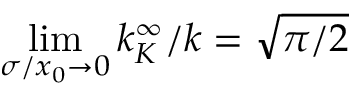
\operatorname* { l i m } _ { \sigma / x _ { 0 } \to 0 } k _ { K } ^ { \infty } / k = \sqrt { \pi / 2 }